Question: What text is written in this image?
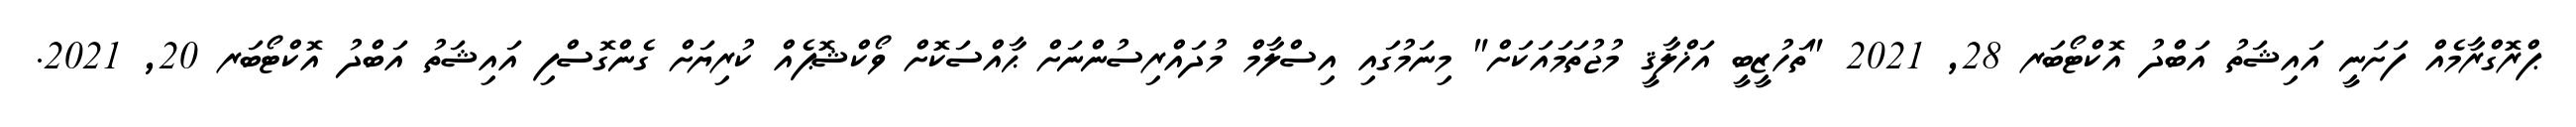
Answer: ޕްރޮގްރާމެއް ފަށަނީ އައިޝަތު އަބްދު އޮކްޓޯބަރ 28, 2021 "ތަހުޒީބީ އަޚްލާޤީ މުޖުތަމައަކަށް" މިނަމުގައި އިސްލާމް މުދައްރިސުންނަށް ޙާއްސަކޮށް ވޯކްޝޮޕެއް ކުރިޔަށް ގެންގޮސްފި އައިޝަތު އަބްދު އޮކްޓޯބަރ 20, 2021.